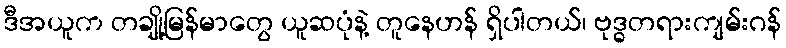
ဒီအယူက တချို့မြန်မာတွေ ယူဆပုံနဲ့ တူနေဟန် ရှိပါတယ်၊ ဗုဒ္ဓတရားကျမ်းဂန်